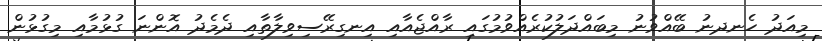
މިއަދު ހެނދނު ބޭއްވުނު މިބައްދަލުކުރެއްވުމުގައި ރާއްޖެއާއި އިނގިރޭސިވިލާތާއި ދެމެދު އޮންނަ ގުޅުމާއި މިގުޅުން